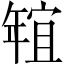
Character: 𱚑